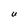
Character: U